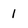
Character: 1